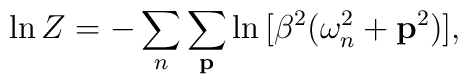
\ln Z = -\sum_n \sum_{{\bf p}} \ln \big [ \beta^2 (\omega_n^2+ {\bf     p}^2 ) \big ],